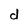
Character: d